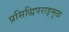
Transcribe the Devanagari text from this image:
प्रसिद्धिपराङ्‍मुख